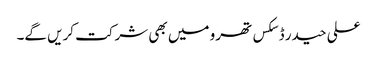
علی حیدر ڈسکس تھرو میں بھی شرکت کریں گے۔